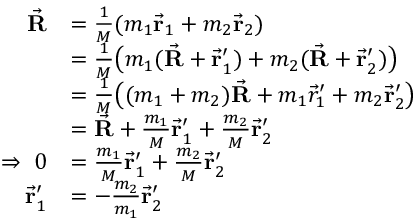
\begin{array} { r l } { \vec { \bf R } } & { = \frac { 1 } { M } ( m _ { 1 } \vec { \bf r } _ { 1 } + m _ { 2 } \vec { \bf r } _ { 2 } ) } \\ & { = \frac { 1 } { M } \big ( m _ { 1 } ( \vec { \bf R } + \vec { \bf r } _ { 1 } ^ { \prime } ) + m _ { 2 } ( \vec { \bf R } + \vec { \bf r } _ { 2 } ^ { \prime } ) \big ) } \\ & { = \frac { 1 } { M } \big ( ( m _ { 1 } + m _ { 2 } ) \vec { \bf R } + m _ { 1 } \vec { r } _ { 1 } ^ { \prime } + m _ { 2 } \vec { \bf r } _ { 2 } ^ { \prime } \big ) } \\ & { = \vec { \bf R } + \frac { m _ { 1 } } { M } \vec { \bf r } _ { 1 } ^ { \prime } + \frac { m _ { 2 } } { M } \vec { \bf r } _ { 2 } ^ { \prime } } \\ { \Rightarrow \ 0 } & { = \frac { m _ { 1 } } { M } \vec { \bf r } _ { 1 } ^ { \prime } + \frac { m _ { 2 } } { M } \vec { \bf r } _ { 2 } ^ { \prime } } \\ { \vec { \bf r } _ { 1 } ^ { \prime } } & { = - \frac { m _ { 2 } } { m _ { 1 } } \vec { \bf r } _ { 2 } ^ { \prime } } \end{array}